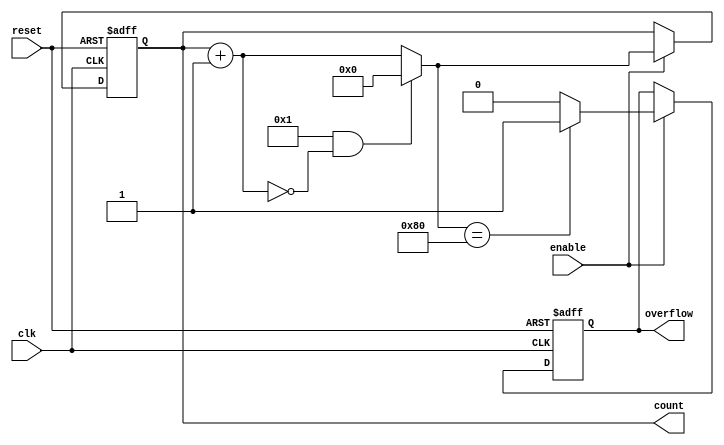
module windowed_counter #(
    parameter WINDOW_SIZE = 8,  // Size of the counting window (in bits)
    parameter INITIAL_VALUE = 0, // Initial count value
    parameter COUNT_UP = 1       // 1 for counting up, 0 for counting down
)(
    input wire clk,              // Clock input
    input wire reset,            // Asynchronous reset
    input wire enable,           // Enable signal
    output reg [WINDOW_SIZE-1:0] count, // Current count value
    output reg overflow          // Overflow signal
);

    // Internal signal for next count value
    reg [WINDOW_SIZE-1:0] next_count;

    // Asynchronous reset and counting logic
    always @(posedge clk or posedge reset) begin
        if (reset) begin
            count <= INITIAL_VALUE; // Reset count to initial value
            overflow <= 0;          // Clear overflow signal
        end else if (enable) begin
            count <= next_count;    // Update count with next value
            // Check for overflow condition
            if (next_count == {1'b1, {WINDOW_SIZE-1{1'b0}}}) begin
                overflow <= 1;       // Set overflow signal
            end else begin
                overflow <= 0;       // Clear overflow signal
            end
        end
    end

    // Next count logic based on counting direction
    always @(*) begin
        if (COUNT_UP) begin
            next_count = count + 1; // Increment count
        end else begin
            next_count = count - 1; // Decrement count
        end

        // Handle overflow for counting up
        if (COUNT_UP && next_count == {1'b0, {WINDOW_SIZE-1{1'b0}}}) begin
            next_count = 0; // Wrap around to zero
        end else if (!COUNT_UP && next_count == {1'b1, {WINDOW_SIZE-1{1'b1}}}) begin
            next_count = {1'b1, {WINDOW_SIZE-1{1'b1}}}; // Prevent underflow
        end
    end

endmodule